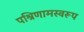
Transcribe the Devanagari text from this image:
पश्रिणामस्वरूप